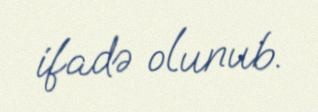
ifadə olunub.